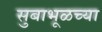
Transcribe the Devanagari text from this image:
सुबाभूळच्या